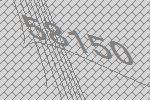
58150